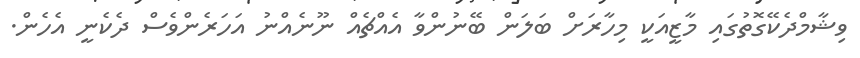
ވިޝާމްދެކޭގޮތުގައި މާޒީއަކީ މިހާރަށް ބަލަން ބޭނުންވާ އެއްޗެއް ނޫނެއްނު އަހަރެންވެސް ދެކެނީ އެހެން.